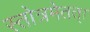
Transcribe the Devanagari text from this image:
स्तोत्रमेतत्।